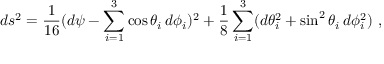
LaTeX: d s ^ { 2 } = \frac { 1 } { 1 6 } ( d \psi - \sum _ { i = 1 } ^ { 3 } \cos { \theta _ { i } } \, d \phi _ { i } ) ^ { 2 } + \frac { 1 } { 8 } \sum _ { i = 1 } ^ { 3 } ( d \theta _ { i } ^ { 2 } + \sin ^ { 2 } { \theta _ { i } } \, d \phi _ { i } ^ { 2 } ) \ ,